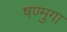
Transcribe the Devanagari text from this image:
षण्मुगा